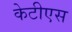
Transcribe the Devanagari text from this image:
केटीएस